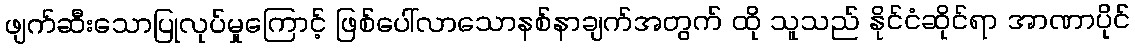
ဖျက်ဆီးသောပြုလုပ်မှုကြောင့် ဖြစ်ပေါ်လာသောနစ်နာချက်အတွက် ထို သူသည် နိုင်ငံဆိုင်ရာ အာဏာပိုင်